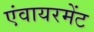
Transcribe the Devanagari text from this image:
एंवायरमेंट